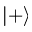
\left| + \right>